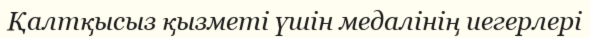
Қалтқысыз қызметі үшін медалінің иегерлері